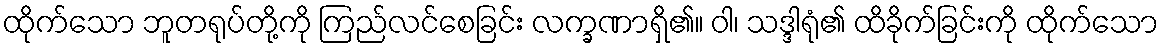
ထိုက်သော ဘူတရုပ်တို့ကို ကြည်လင်စေခြင်း လက္ခဏာရှိ၏။ ဝါ၊ သဒ္ဒါရုံ၏ ထိခိုက်ခြင်းကို ထိုက်သော